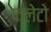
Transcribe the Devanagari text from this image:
फ्लेटो